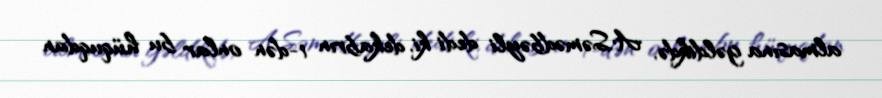
almasına gəldikdə, A.Səmədbəyli dedi ki, dekabrın 1-dən onlar bu hüquqdan